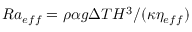
R a _ { e f f } = \rho \alpha g \Delta T H ^ { 3 } / ( \kappa \eta _ { e f f } )